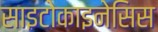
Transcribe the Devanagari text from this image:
साइटोकाइनेसिस